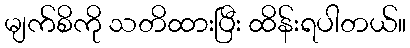
မျက်စိကို သတိထားပြီး ထိန်းရပါတယ်။